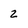
Character: 2